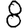
Digit: 8